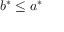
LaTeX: b ^ { * } \leq a ^ { * }